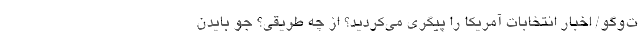
ت‌وگو/ اخبار انتخابات آمریکا را پیگری می‌کردید؟ از چه طریقی؟ جو بایدن